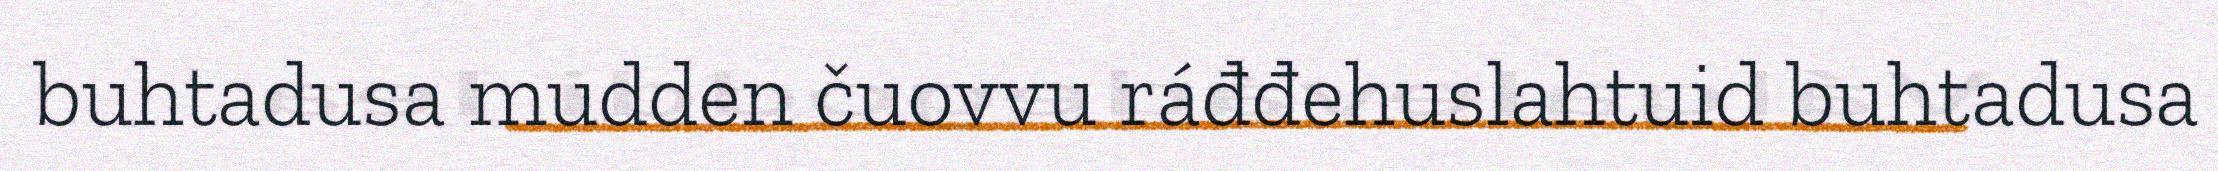
buhtadusa mudden čuovvu ráđđehuslahtuid buhtadusa